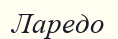
Ларедо